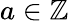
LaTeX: a\in\mathbb{Z}